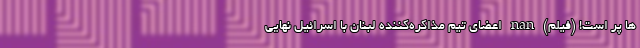
ها پر است! (فیلم) nan اعضای تیم مذاکره‌کننده لبنان با اسرائیل نهایی